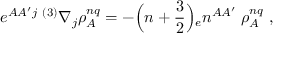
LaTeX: e ^ { A A ^ { \prime } j } \; { } ^ { ( 3 ) } \nabla _ { j } \rho _ { A } ^ { n q } = - \Bigr ( n + { \frac { 3 } { 2 } } \Bigr ) { _ { e } n ^ { A A ^ { \prime } } } \; \rho _ { A } ^ { n q } \; ,